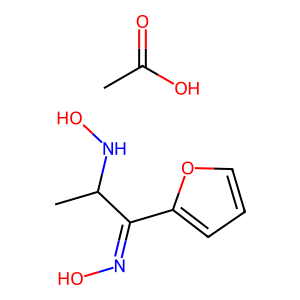
SMILES: CC(=O)O.CC(NO)C(=NO)c1ccco1
Inhibits HIV replication: No